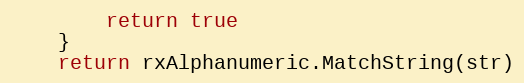
Language: Go
		return true
	}
	return rxAlphanumeric.MatchString(str)